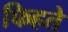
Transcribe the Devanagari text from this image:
फिहते